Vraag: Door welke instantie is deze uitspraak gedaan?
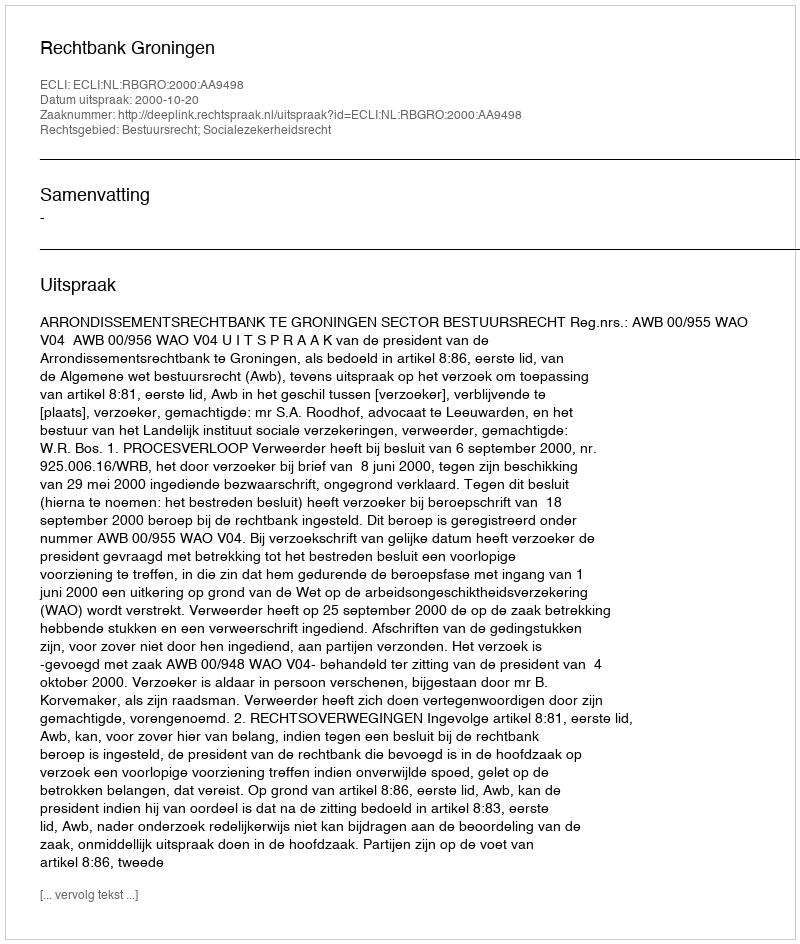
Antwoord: Rechtbank Groningen